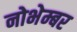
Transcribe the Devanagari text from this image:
नोभेम्बर